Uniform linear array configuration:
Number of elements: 12
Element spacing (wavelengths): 0.75
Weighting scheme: blackman
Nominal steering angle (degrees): -60
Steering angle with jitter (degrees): -60.744
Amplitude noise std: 0.05
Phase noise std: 0.05

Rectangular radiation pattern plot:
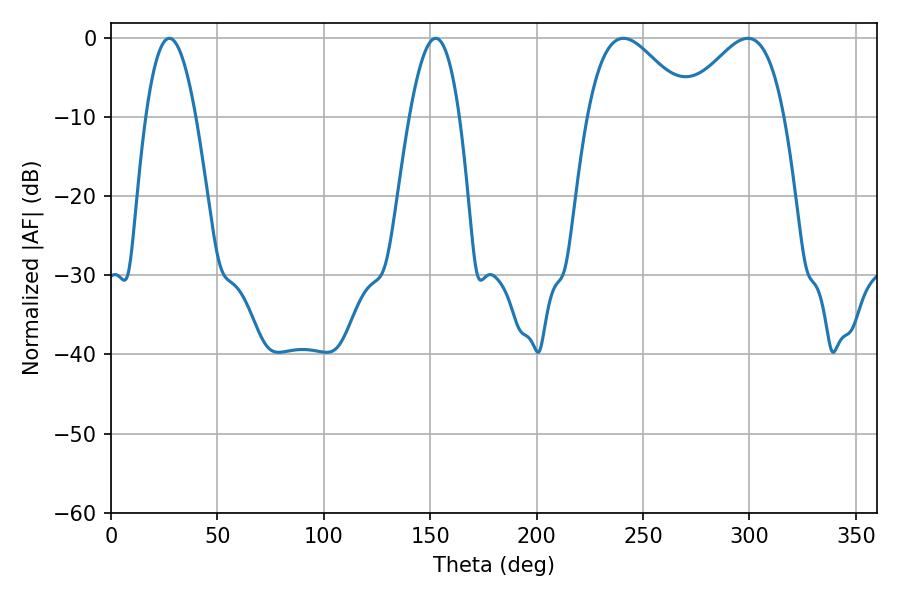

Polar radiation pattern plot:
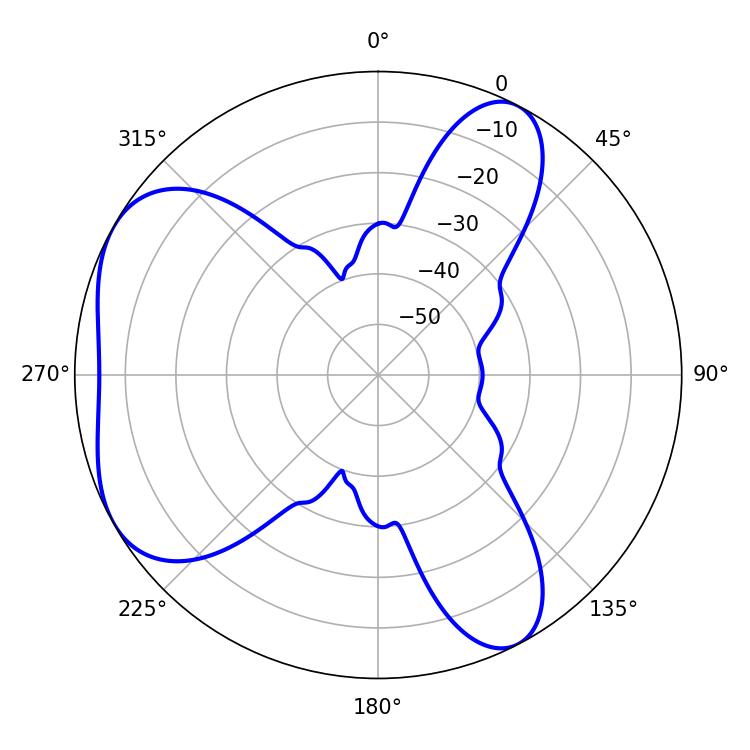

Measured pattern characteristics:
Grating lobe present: TRUE
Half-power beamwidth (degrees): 26.1
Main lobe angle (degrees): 240.84